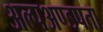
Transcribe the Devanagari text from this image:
अल्पअण्डपता